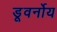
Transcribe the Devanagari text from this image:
डूवर्नोय